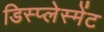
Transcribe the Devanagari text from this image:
डिस्प्लेस्मेंट